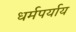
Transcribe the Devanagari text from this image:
धर्मपर्याय